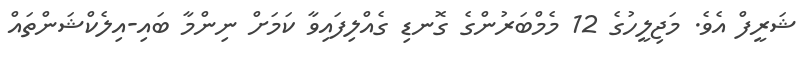
ޝަރީފް އެވެ. މަޖިލީހުގެ 12 މެމްބަރުންގެ ގޮނޑި ގެއްލިފައިވާ ކަމަށް ނިންމާ ބައި-އިލެކްޝަންތައް